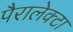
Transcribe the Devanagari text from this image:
पैरालेक्टा